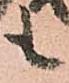
も